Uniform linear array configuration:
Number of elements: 8
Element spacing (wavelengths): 0.75
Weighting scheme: hann
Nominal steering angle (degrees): -45
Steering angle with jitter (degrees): -44.96
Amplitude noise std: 0.05
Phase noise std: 0.05

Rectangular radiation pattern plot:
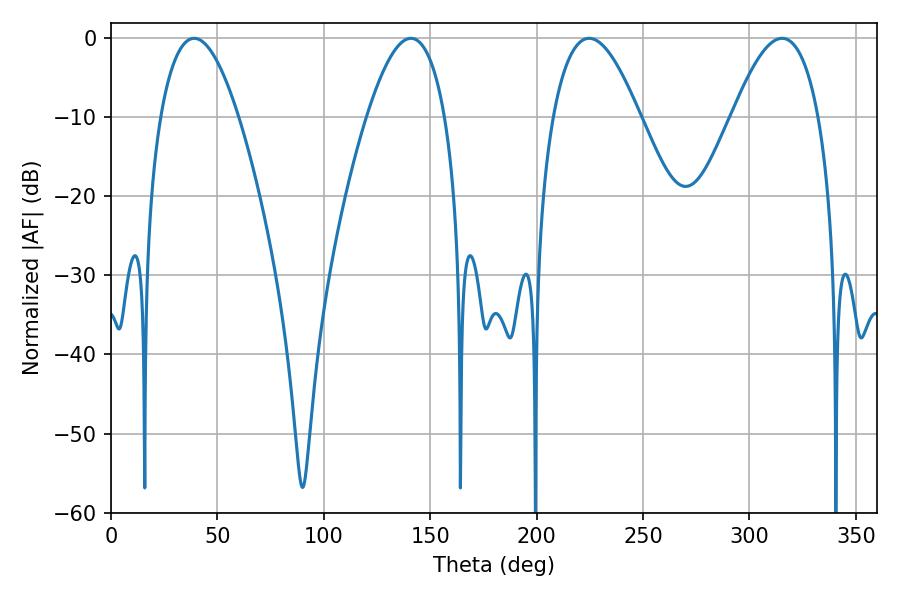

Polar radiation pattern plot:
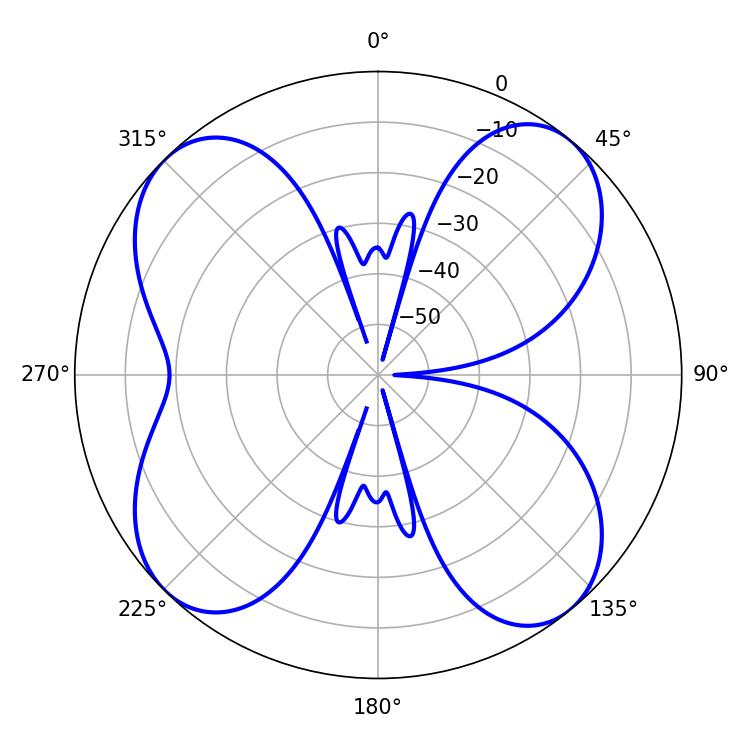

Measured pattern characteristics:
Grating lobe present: TRUE
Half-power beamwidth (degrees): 20.16
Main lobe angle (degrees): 39.06